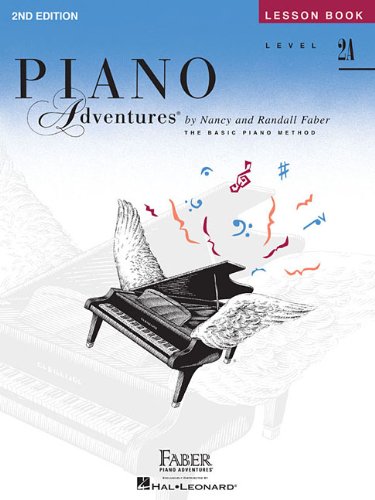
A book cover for Level 2A - Lesson Book: Piano Adventures; Humor & Entertainment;